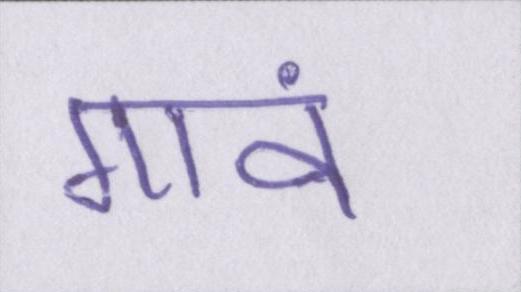
गावं